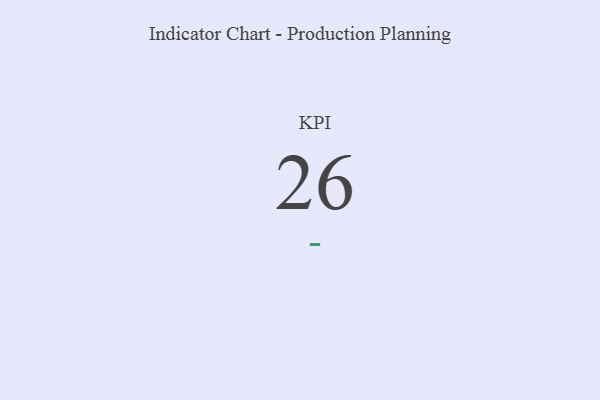
{"axis": {"x": "KPI", "y": "Value"}, "legend": [""], "data": [{"x": "KPI", "y": 26, "type": ""}]}